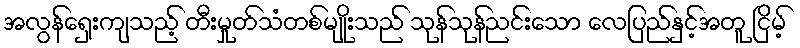
အလွန်ရှေးကျသည့် တီးမှုတ်သံတစ်မျိုးသည် သုန်သုန်ညင်းသော လေပြည်နှင့်အတူ ငြိမ့်